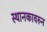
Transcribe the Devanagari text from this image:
स्थानकावरुन